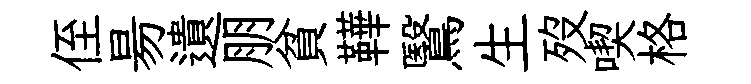
侄昜遺朋貧鞾鷖生歿喫格